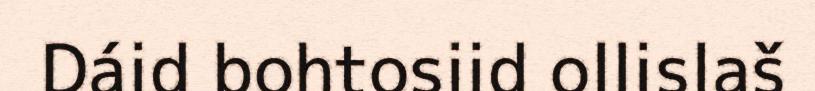
Dáid bohtosiid ollislaš